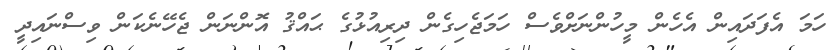
ހަމަ އެފަދައިން އެހެން މީހުންނަށްވެސް ހަމަޖެހިގެން ދިރިއުޅުގެ ޙައްޤު އޮންނަން ޖެހޭނެކަން ވިސްނައިދީ